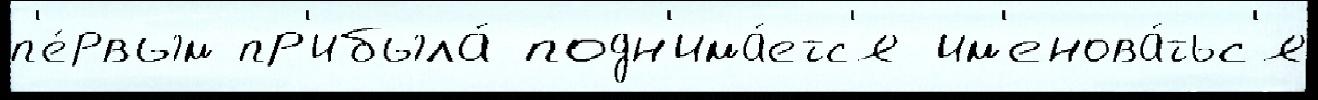
п'е́рвым пр'ибыла́ подн'има́етс'я им'енова́тьс'я